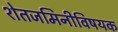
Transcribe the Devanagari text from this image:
शेतजमिनीविषयक